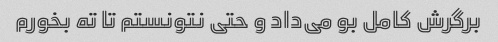
برگرش کامل بو می‌داد و حتی نتونستم تا ته بخورم